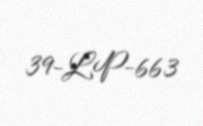
39-LP-663